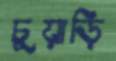
চুয়াড়ি